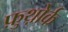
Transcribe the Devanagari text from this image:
फ़ुथ़ोर्क